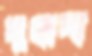
দুগ্ধদা